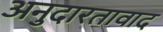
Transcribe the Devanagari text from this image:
अनुदारतावाद